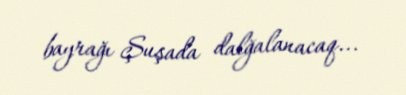
bayrağı Şuşada dalğalanacaq...